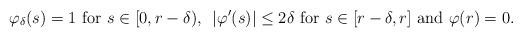
LaTeX: \begin{align*}\varphi_\delta (s)=1 {\rm \ for \ } s \in [0, r-\delta) ,\ \, \vert \varphi' (s)\vert \leq 2 \delta {\rm \ for \ } s\in [ r-\delta, r]{\rm \ and \ } \varphi(r)=0. \end{align*}